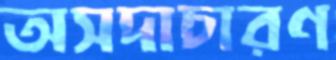
অসদাচারণ